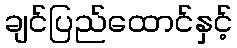
ချင်ပြည်ထောင်နှင့်